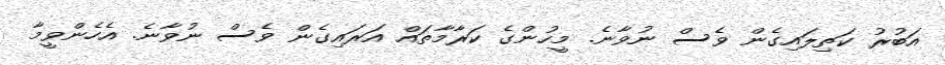
އަބުރު ކަތިލައިގެން ވެސް ނުވާނެ. މީހުންގެ ކަރާމާތައް އަރައިގެން ވެސް ނުވާނެ. އެހެންވީމާ